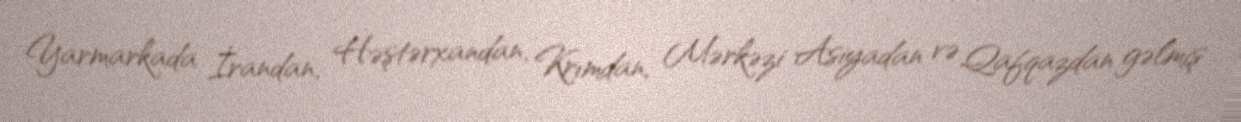
Yarmarkada İrandan, Həştərxandan, Krımdan, Mərkəzi Asiyadan və Qafqazdan gəlmiş